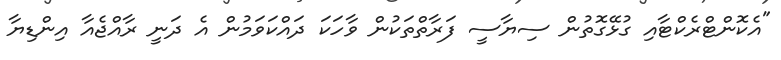
"އެކޮންޓްރެކްޓާއި ގުޅޭގޮތުން ސިޔާސީ ފަރާތްތަކުން ވާހަކަ ދައްކަވަމުން އެ ދަނީ ރާއްޖެއާ އިންޑިޔާ